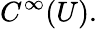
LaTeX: C^{\infty}(U).